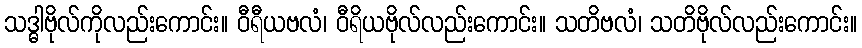
သဒ္ဓါဗိုလ်ကိုလည်းကောင်း။ ဝီရီယဗလံ၊ ဝီရိယဗိုလ်လည်းကောင်း။ သတိဗလံ၊ သတိဗိုလ်လည်းကောင်း။